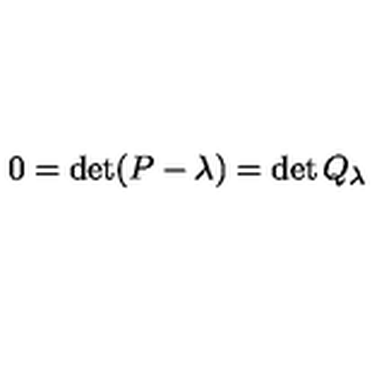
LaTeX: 0 = \det ( P - \lambda ) = \det Q _ { \lambda }